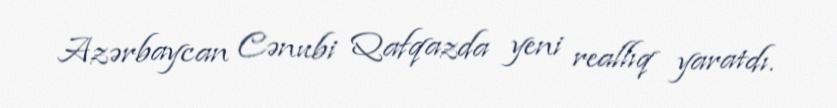
Azərbaycan Cənubi Qafqazda yeni reallıq yaratdı.